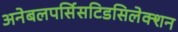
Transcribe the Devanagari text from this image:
अनेबलपर्सिसटिडसिलेक्शन